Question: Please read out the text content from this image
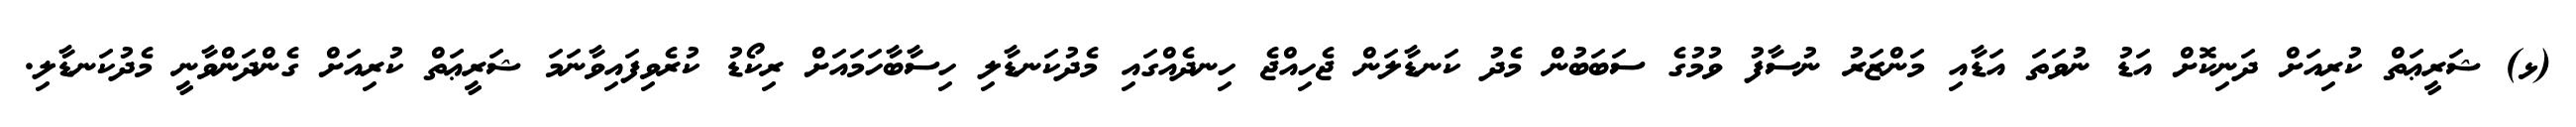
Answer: (ޅ) ޝަރީޢަތް ކުރިއަށް ދަނިކޮށް އަޑު ނުވަތަ އަޑާއި މަންޒަރު ނުސާފު ވުމުގެ ސަބަބުން މެދު ކަނޑާލަން ޖެހިއްޖެ ހިނދެއްގައި މެދުކަނޑާލި ހިސާބާހަމައަށް ރިކޯޑު ކުރެވިފައިވާނަމަ ޝަރީޢަތް ކުރިއަށް ގެންދަންވާނީ މެދުކަނޑާލި.